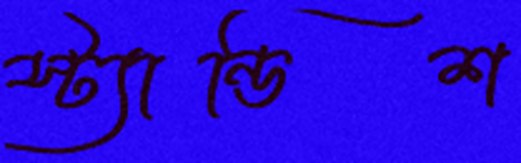
স্ট্যান্ডিশ